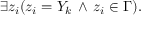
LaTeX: \exists z _ { i } ( z _ { i } = Y _ { k } \, \land \, z _ { i } \in \Gamma ) .